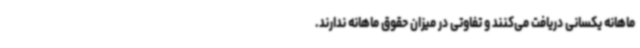
ماهانه یکسانی دریافت می‌کنند و تفاوتی در میزان حقوق ماهانه ندارند.